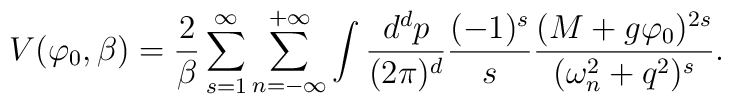
V(\varphi_{0},\beta)=\frac{2}{\beta}\sum^{\infty}_{s=1}\sum^{+\infty}_{n=-\infty}\int\frac{d^{d}p}{(2\pi)^{d}}\frac{(-1)^{s}}{s}\frac{(M+g\varphi_{0})^{2s}}{(\omega^{2}_{n}+q^{2})^{s}}.